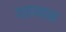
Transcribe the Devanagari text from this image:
वसन्तक